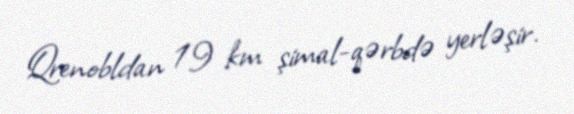
Qrenobldan 19 km şimal-qərbdə yerləşir.